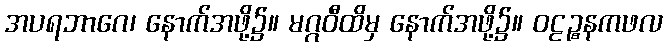
အပရဘာဂေ၊ နောက်အဖို့၌။ မဂ္ဂဝီထိမှ နောက်အဖို့၌။ ဝဠဉ္စနကဖလ